Document type: Acquittal of debt
Year: 1424
Scribe: Francesc de Casanoves
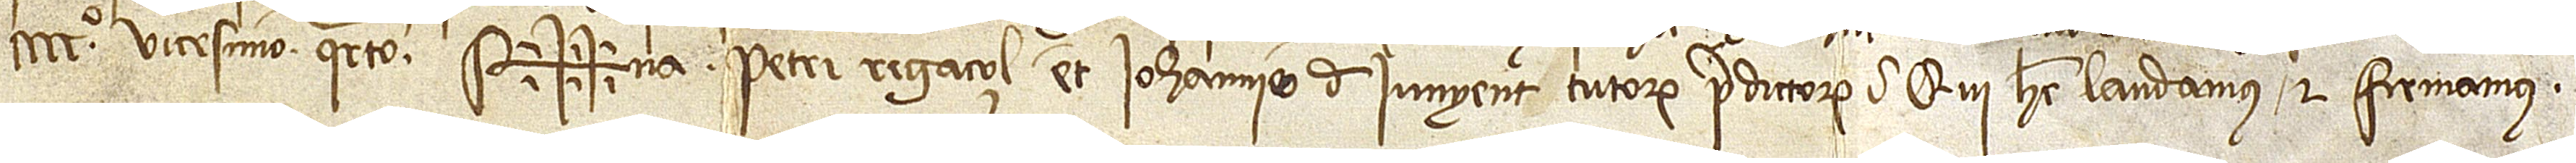
CCCCº vicesimo quarto. Sig++na Petri Regaçol et Iohannis de Iunyent, tutorum predictorum, qui hec laudamus et firmamus.